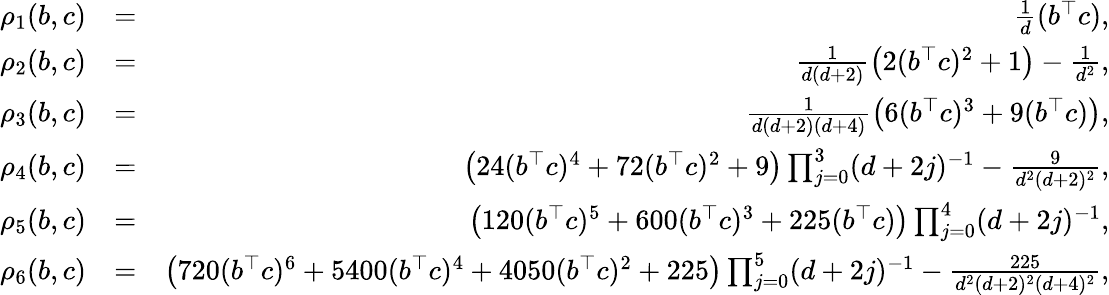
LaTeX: \begin{array}{rlr}{\rho_{1}(b,c)}&{=}&{\frac{1}{d}(b^{\top}c),}\\ {\rho_{2}(b,c)}&{=}&{\frac{1}{d(d+2)}\left(2(b^{\top}c)^{2}+1\right)-\frac 1{d^{2}},}\\ {\rho_{3}(b,c)}&{=}&{\frac{1}{d(d+2)(d+4)}\left(6(b^{\top}c)^{3}+9(b^{\top}c)\right),}\\ {\rho_{4}(b,c)}&{=}&{\left(24(b^{\top}c)^{4}+72(b^{\top}c)^{2}+9\right)\prod_{j=0}^{3}(d+2j)^{-1}-\frac 9{d^{2}(d+2)^{2}},}\\ {\rho_{5}(b,c)}&{=}&{\left(120(b^{\top}c)^{5}+600(b^{\top}c)^{3}+225(b^{\top}c)\right)\prod_{j=0}^{4}(d+2j)^{-1},}\\ {\rho_{6}(b,c)}&{=}&{\left(720(b^{\top}c)^{6}+5400(b^{\top}c)^{4}+4050(b^{\top}c)^{2}+225\right)\prod_{j=0}^{5}(d+2j)^{-1}-\frac{225}{d^{2}(d+2)^{2}(d+4)^{2}},}\end{array}